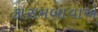
કાસમબાવાએ